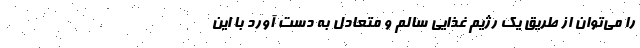
را می‌توان از طریق یک رژیم غذایی سالم و متعادل به دست آورد با این